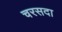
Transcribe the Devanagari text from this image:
चरसदा